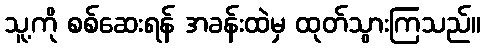
သူ့ကို စစ်ဆေးရန် အခန်းထဲမှ ထုတ်သွားကြသည်။